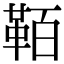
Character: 𩊘